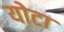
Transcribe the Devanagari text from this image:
योटा